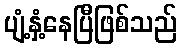
ပျံ့နှံ့နေပြီဖြစ်သည်